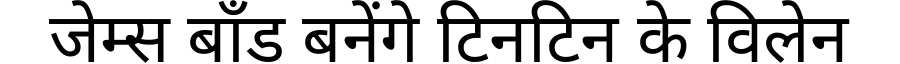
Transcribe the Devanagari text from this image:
जेम्स बॉंड बनेंगे टिनटिन के विलेन